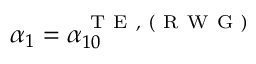
\alpha _ { 1 } = \alpha _ { 1 0 } ^ { \mathrm { ~ T ~ E ~ , ~ ( ~ R ~ W ~ G ~ ) ~ } }